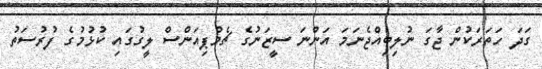
ގަދަ ހަތަރަކުން ޖާގަ ނުލިބިއްޖެނަމަ އަންނަ ސީޒަނުގެ ޗެމްޕިއަންސް ލީގުގައި ކުޅުމުގެ ފުރުސަތު